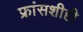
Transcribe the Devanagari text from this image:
फ्रांसशीही